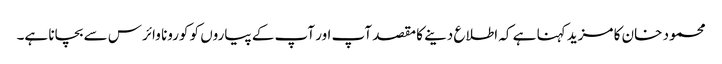
محمود خان کا مزید کہنا ہے کہ اطلاع دینے کا مقصد آپ اور آپ کے پیاروں کو کورونا وائرس سے بچانا ہے۔